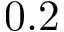
0 . 2